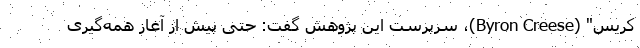
کریس" (Byron Creese)، سرپرست این پژوهش گفت: حتی پیش از آغاز همه‌گیری